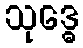
သုဒ္ဓေ